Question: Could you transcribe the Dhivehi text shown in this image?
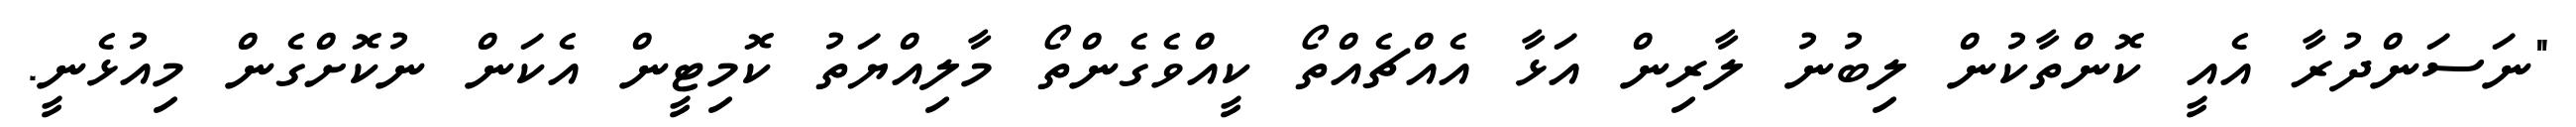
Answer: "ނަސަންދުރާ އެއީ ކޮންތާކުން ލިބުނު ލާރިން އަޅާ އެއްޗެއްތޯ ކީއްވެގެންތޯ މާލިއްޔަތު ކޮމިޓީން އެކަން ނުކޮށްގެން މިއުޅެނީ.